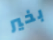
بخير